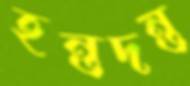
হন্তদন্ত